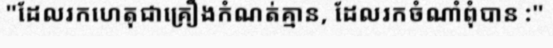
"ដែលរកហេតុជាគ្រឿងកំណត់គ្មាន, ដែលរកចំណាំពុំបាន :"